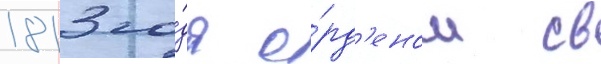
1813 го́да о́рд'еном св